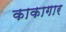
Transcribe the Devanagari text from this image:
काकागार